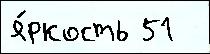
я́ркость 51